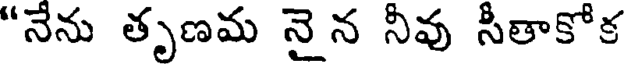
"నేను తృణమ నై న నీవు సీతాకోక